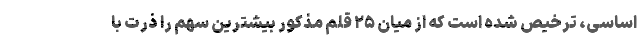
اساسی، ترخیص شده است که از میان ۲۵ قلم مذکور بیشترین سهم را ذرت با